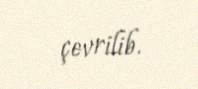
çevrilib.